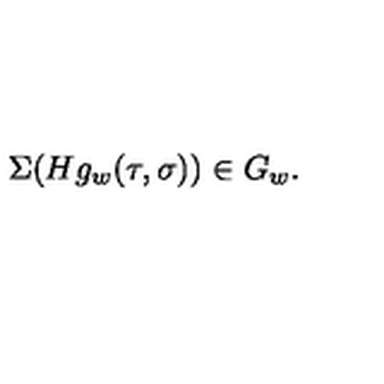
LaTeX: \Sigma ( H g _ { w } ( \tau , \sigma ) ) \in G _ { w } .